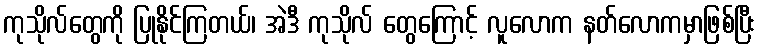
ကုသိုလ်တွေကို ပြုနိုင်ကြတယ်၊ အဲဒီ ကုသိုလ် တွေကြောင့် လူလောက နတ်လောကမှာဖြစ်ပြီး